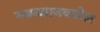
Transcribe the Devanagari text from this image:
मथळ्याजवळील